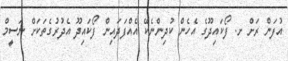
އުފަން ރަށް ށ. ފޯކައިދޫގެ އެހެން ކުދިންނެކޭ އެއްފަދައިން ފޯކައިދޫ އެދުރުގެތަކަށް ނަސީމް